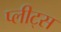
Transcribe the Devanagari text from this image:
प्लीट्स